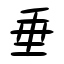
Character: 垂